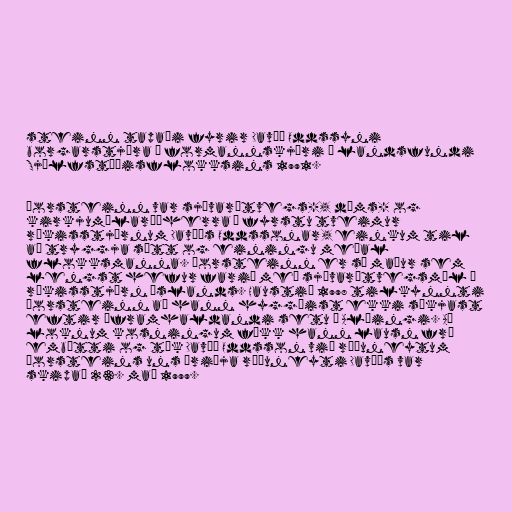
steinn tapaði fyrir Davíð Oddssyni
borgarstjóra í formannskjöri á landsfundi
Sjálfstæðisflokksins 1991.

Þorsteinn var sjávarútvegs-, dóms- og
kirkjumálaráðherra í fyrstu tveimur
ríkisstjórnum Davíðs Oddssonar, einkum til
að tryggja sátt og einingu meðal
flokksmanna. Þorsteinn er sá maður sem
lengst hefur farið með sjávarútvegsmál í
ríkisstjórn Íslands. Haustið 1998 tilkynnti
Þorsteinn að hann hyggðist ekki sækjast
eftir áframhaldandi setu á Alþingi. Að
loknum kosningum fékk hann lausn frá
embætti og tók Davíð Oddsson við ráðuneytum
Þorsteins uns þriðja ráðuneyti Davíðs var
skipað 23. maí 1999.